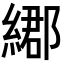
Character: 𦄄